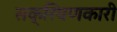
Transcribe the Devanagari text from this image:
सक्रियणकारी